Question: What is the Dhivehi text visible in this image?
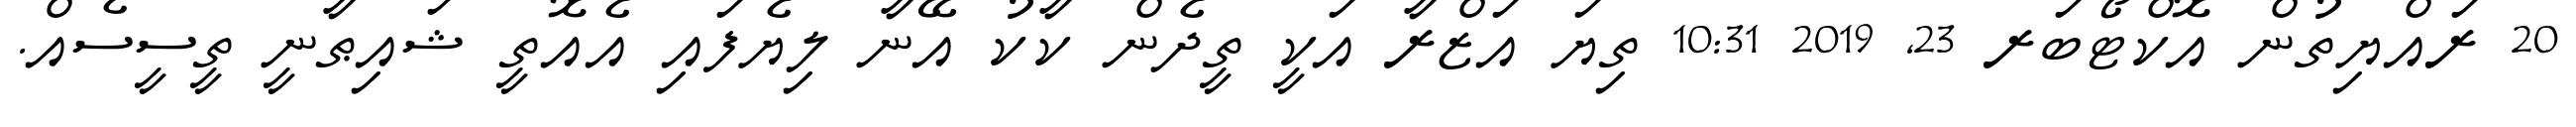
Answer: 20 ރައްޔިތުން އޮކްޓޯބަރ 23, 2019 10:31 ތިޔަ އަޒްރާ އަކީ ތީދެން ކާކު އޭނާ ލިޔެފައި އެއޮތީ ޝައިޠާނީ ތީސީސެއް.